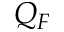
Q _ { F }